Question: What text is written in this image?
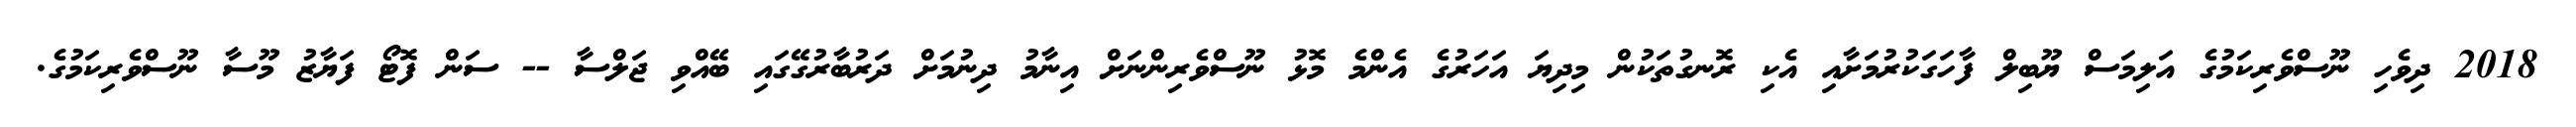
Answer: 2018 ދިވެހި ނޫސްވެރިކަމުގެ އަލިމަސް ޔޫބިލް ފާހަގަކުރުމަށާއި އެކި ރޮނގުތަކުން މިދިޔަ އަހަރުގެ އެންމެ މޮޅު ނޫސްވެރިންނަށް އިނާމު ދިނުމަށް ދަރުބާރުގޭގައި ބޭއްވި ޖަލްސާ -- ސަން ފޮޓޯ ފަޔާޒު މޫސާ ނޫސްވެރިކަމުގެ.